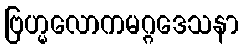
ဗြဟ္မလောကမဂ္ဂဒေသနာ